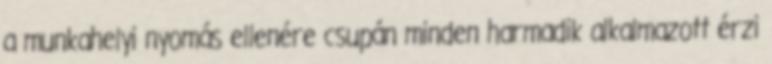
a munkahelyi nyomás ellenére csupán minden harmadik alkalmazott érzi